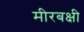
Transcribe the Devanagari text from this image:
मीरबक्षी